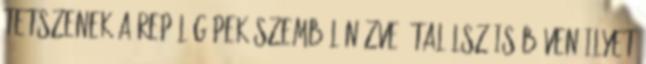
tetszenek a repülőgépek szemből nézve, találsz is bőven ilyet